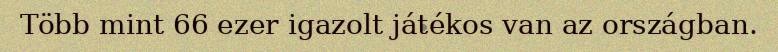
Több mint 66 ezer igazolt játékos van az országban.